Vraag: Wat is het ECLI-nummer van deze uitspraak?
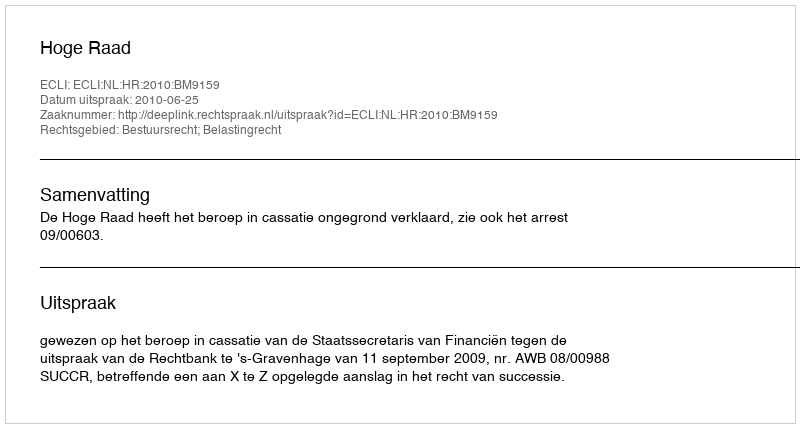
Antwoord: ECLI:NL:HR:2010:BM9159